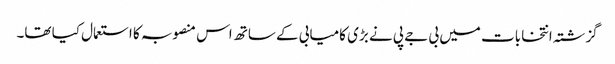
گزشتہ انتخابات میں بی جے پی نے بڑی کامیابی کے ساتھ اس منصوبہ کا استعمال کیا تھا۔